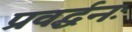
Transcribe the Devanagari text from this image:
प्रवर्द्धनः